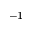
^ { - 1 }